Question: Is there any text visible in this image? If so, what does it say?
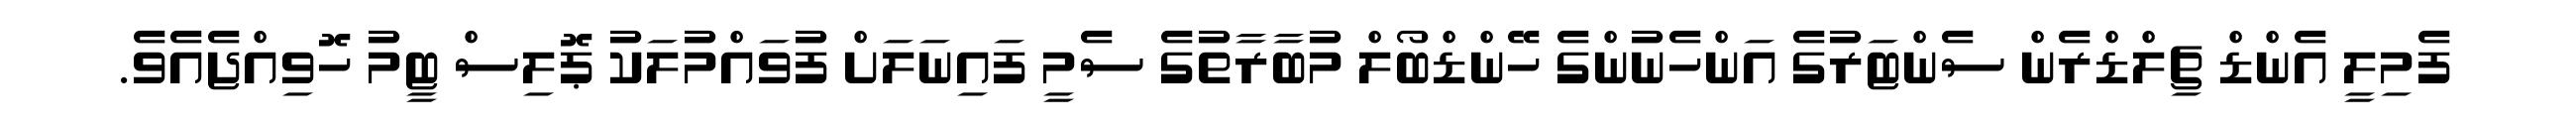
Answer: ފެމިލީ އެންޑް ޗިލްޑްރެން ސެންޓަރުގެ އަންހެނުންގެ ހޭންޑްބޯލް މުބާރާތުގެ ސެމީ ފައިނަލަށް ފުވައްމުލަކު ޕޮލިސް ޓީމު ހޮވިއްޖެއެވެ.